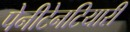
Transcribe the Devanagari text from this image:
पेनीटेनटियारी